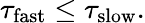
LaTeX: \tau_{\mathrm{fast}}\le\tau_{\mathrm{slow}}.